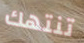
تنتهك